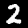
Digit: 2